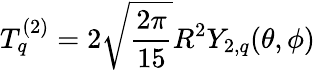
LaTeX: T_{q}^{(2)}=2\sqrt{\frac{2\pi}{15}}R^{2}Y_{2,q}(\theta,\phi)